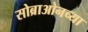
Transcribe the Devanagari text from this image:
सोब्राओनच्या